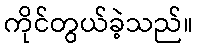
ကိုင်တွယ်ခဲ့သည်။